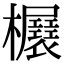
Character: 𣡃